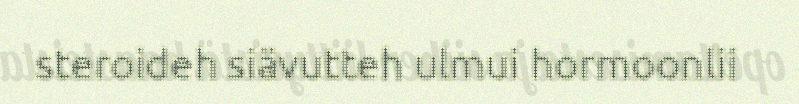
steroideh siävutteh ulmui hormoonlii